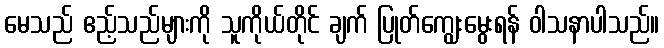
မေသည် ဧည့်သည်များကို သူကိုယ်တိုင် ချက် ပြုတ်ကျွေးမွေးရန် ဝါသနာပါသည်။